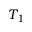
T _ { 1 }